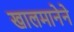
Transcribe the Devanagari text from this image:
खालमानेने